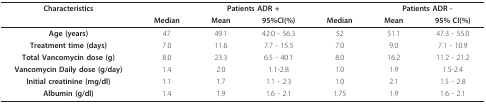
<table><thead><tr><td><b>Characteristics</b></td><td></td><td colspan="2"><b>Patients ADR +</b></td><td></td><td colspan="2"><b>Patients ADR -</b></td></tr><tr><td></td><td><b>Median</b></td><td><b>Mean</b></td><td><b>95%CI(%)</b></td><td><b>Median</b></td><td><b>Mean</b></td><td><b>95% CI(%)</b></td></tr></thead><tbody><tr><td><b>Age (years)</b></td><td>47</td><td>49.1</td><td>42.0 - 56.3</td><td>52</td><td>51.1</td><td>47.3 - 55.0</td></tr><tr><td><b>Treatment time (days)</b></td><td>7.0</td><td>11.6</td><td>7.7 - 15.5</td><td>7.0</td><td>9.0</td><td>7.1 - 10.9</td></tr><tr><td><b>Total Vancomycin dose (g)</b></td><td>8.0</td><td>23.3</td><td>6.5 - 40.1</td><td>8.0</td><td>16.2</td><td>11.2 - 21.2</td></tr><tr><td><b>Vancomycin Daily dose (g/day)</b></td><td>1.4</td><td>2.0</td><td>1.1-2.8</td><td>1.0</td><td>1.9</td><td>1.5-2.4</td></tr><tr><td><b>Initial creatinine (mg/dl)</b></td><td>1.1</td><td>1.7</td><td>1.1 - 2.3</td><td>1.0</td><td>2.1</td><td>1.5 - 2.8</td></tr><tr><td><b>Albumin (g/dl)</b></td><td>1.4</td><td>1.9</td><td>1.6 - 2.1</td><td>1.75</td><td>1.9</td><td>1.6 - 2.1</td></tr></tbody></table>